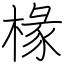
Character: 椽